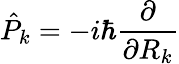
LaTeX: {\hat{P}}_{k}=-i\hbar\frac{\partial}{\partial R_{k}}